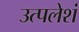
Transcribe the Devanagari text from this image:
उत्पलेशं